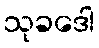
သုခဒေါ